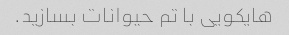
هایکویی با تم حیوانات بسازید.